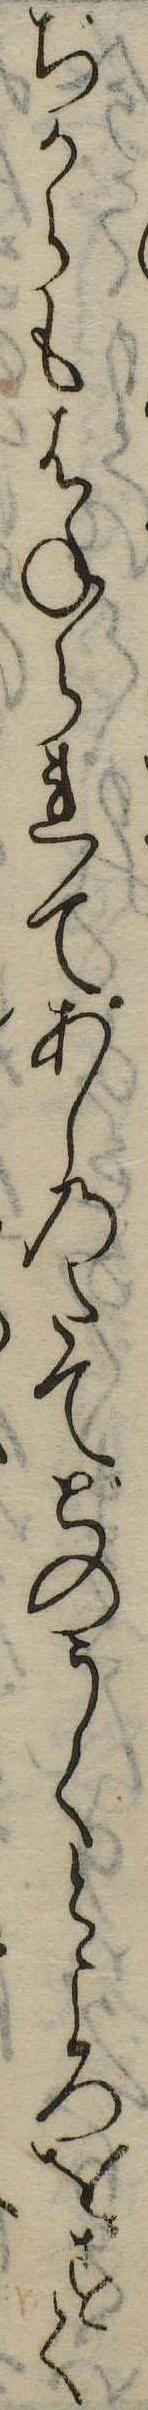
ぢからもはねられてあしのたてどのうくところをすく